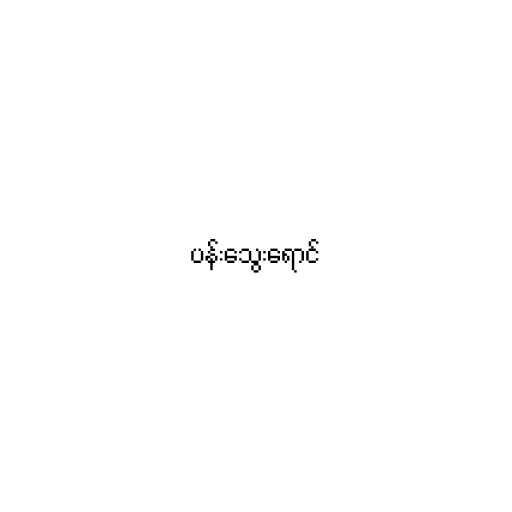
ပန်းသွေးရောင်